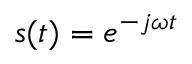
s ( t ) = e ^ { - j \omega t }